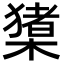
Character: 橥